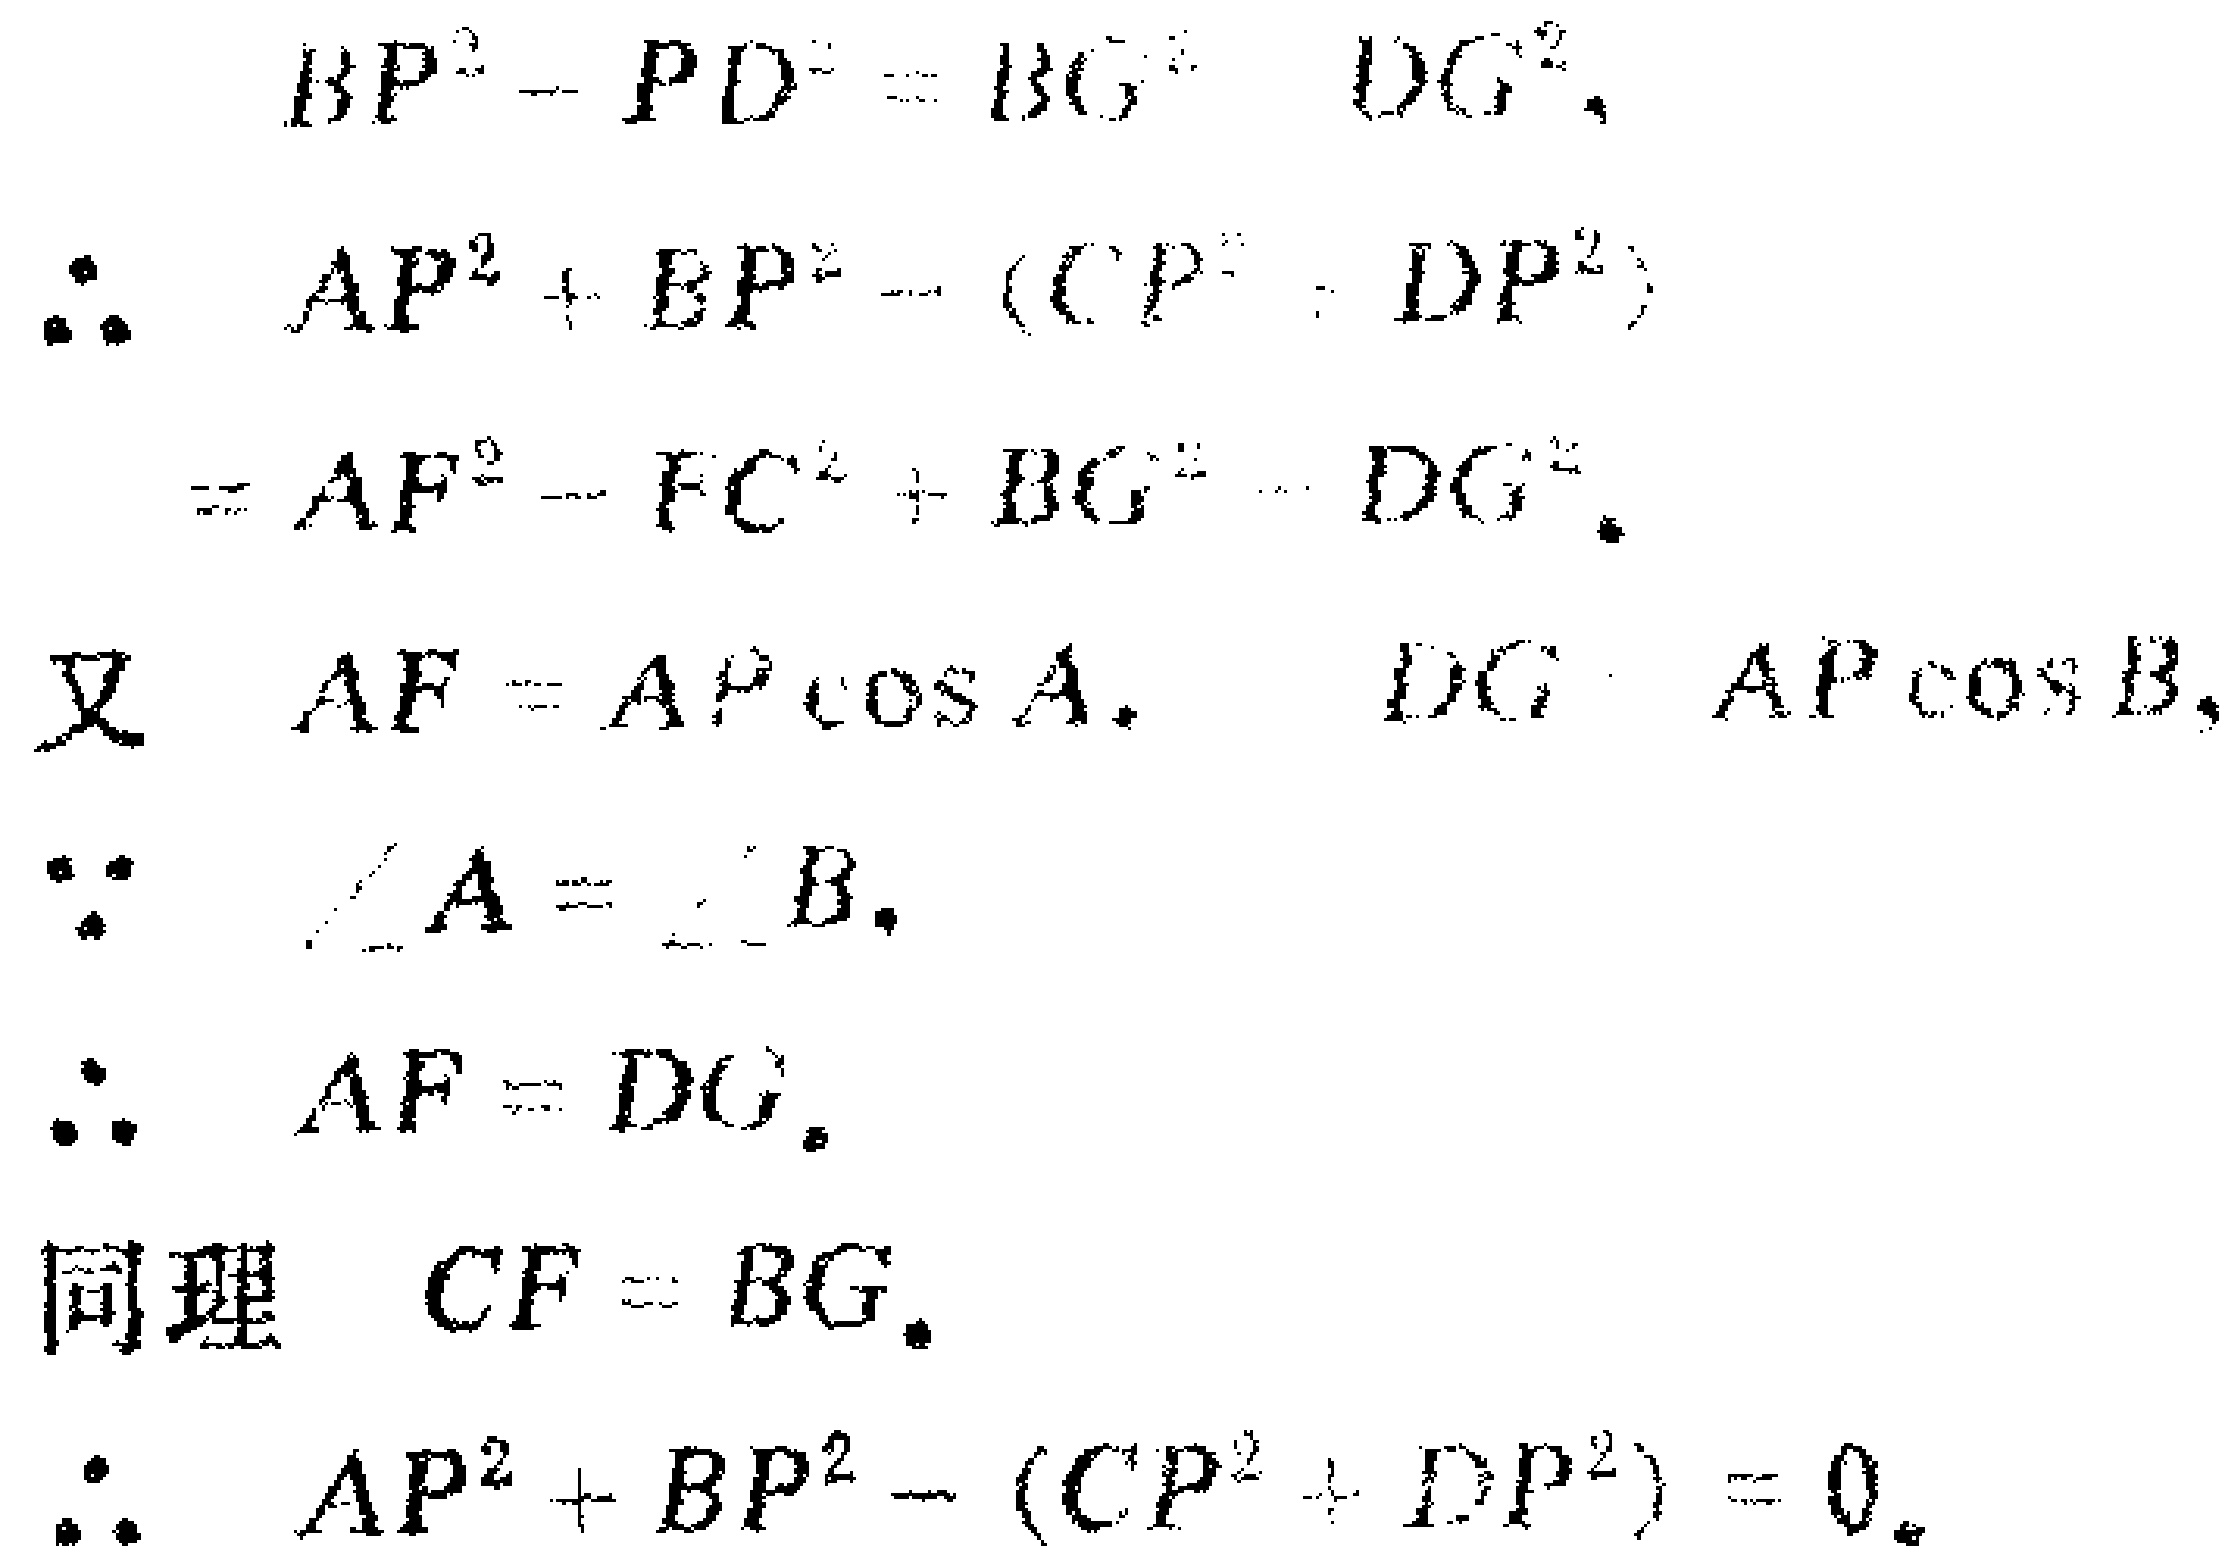
\[

\begin{align*}

BP^{2}-PD^{2}&=BG^{2}-DG^{2},\\

\therefore AP^{2}+BP^{2}-(CP^{2}+DP^{2})&=AF^{2}-FC^{2}+BG^{2}-DG^{2}.\\

\text{又 } AF = AP\cos A,\quad DG&=AP\cos B,\\

\because \angle A=\angle B,\\

\therefore AF&=DG.\\

\text{同理 } CF&=BG.\\

\therefore AP^{2}+BP^{2}-(CP^{2}+DP^{2})&= 0.

\end{align*}

\]